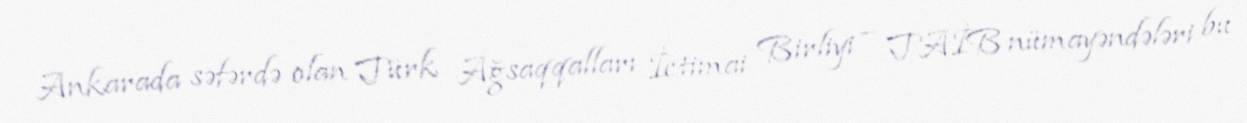
Ankarada səfərdə olan Türk Ağsaqqalları İctimai Birliyi – TAİB nümayəndələri bu